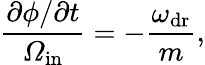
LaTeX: {\frac{\partial\phi/\partial t}{\mathit\Omega_{\mathrm{in}}}}=-{\frac{\omega_{\mathrm{dr}}}{m}},